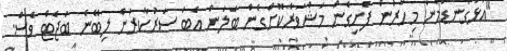
"އަޅުގަނޑުމެން މިހާރުން ފެށިގެން މަޝްވަރާކޮށްގެން ބަލަން އެބަ ސަރުކާރުން ލިބޭނެ ބަޖެޓް ވެސް.